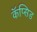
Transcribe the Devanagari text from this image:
कॅप्सिड